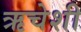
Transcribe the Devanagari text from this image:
ऋचेशी